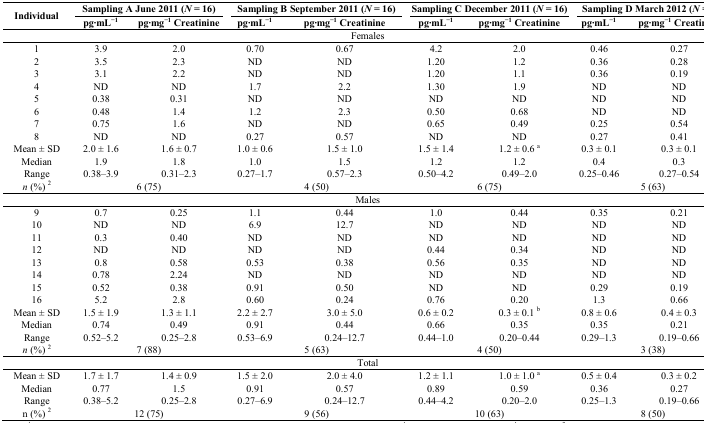
<table><thead><tr><td rowspan="2"><b>Individual</b></td><td colspan="2"><b>Sampling A June 2011 (<i>N</i> = 16)</b></td><td colspan="2"><b>Sampling B September 2011 (<i>N</i> = 16)</b></td><td colspan="2"><b>Sampling C December 2011 (<i>N</i> = 16)</b></td><td colspan="2"><b>Sampling D March 2012 (<i>N</i> = 16)</b></td></tr><tr><td><b>pg·mL<sup>−1</sup></b></td><td><b>pg·mg<sup>−1</sup> Creatinine</b></td><td><b>pg·mL<sup>−1</sup></b></td><td><b>pg·mg<sup>−1</sup> Creatinine</b></td><td><b>pg·mL<sup>−1</sup></b></td><td><b>pg·mg<sup>−1</sup> Creatinine</b></td><td><b>pg·mL<sup>−1</sup></b></td><td><b>pg·mg<sup>−1</sup> Creatinine</b></td></tr></thead><tbody><tr><td colspan="9">Females</td></tr><tr><td>1</td><td>3.9</td><td>2.0</td><td>0.70</td><td>0.67</td><td>4.2</td><td>2.0</td><td>0.46</td><td>0.27</td></tr><tr><td>2</td><td>3.5</td><td>2.3</td><td>ND</td><td>ND</td><td>1.20</td><td>1.2</td><td>0.36</td><td>0.28</td></tr><tr><td>3</td><td>3.1</td><td>2.2</td><td>ND</td><td>ND</td><td>1.20</td><td>1.1</td><td>0.36</td><td>0.19</td></tr><tr><td>4</td><td>ND</td><td>ND</td><td>1.7</td><td>2.2</td><td>1.30</td><td>1.9</td><td>ND</td><td>ND</td></tr><tr><td>5</td><td>0.38</td><td>0.31</td><td>ND</td><td>ND</td><td>ND</td><td>ND</td><td>ND</td><td>ND</td></tr><tr><td>6</td><td>0.48</td><td>1.4</td><td>1.2</td><td>2.3</td><td>0.50</td><td>0.68</td><td>ND</td><td>ND</td></tr><tr><td>7</td><td>0.75</td><td>1.6</td><td>ND</td><td>ND</td><td>0.65</td><td>0.49</td><td>0.25</td><td>0.54</td></tr><tr><td>8</td><td>ND</td><td>ND</td><td>0.27</td><td>0.57</td><td>ND</td><td>ND</td><td>0.27</td><td>0.41</td></tr><tr><td>Mean ± SD</td><td>2.0 ± 1.6</td><td>1.6 ± 0.7</td><td>1.0 ± 0.6</td><td>1.5 ± 1.0</td><td>1.5 ± 1.4</td><td>1.2 ± 0.6 <sup>a</sup></td><td>0.3 ± 0.1</td><td>0.3 ± 0.1</td></tr><tr><td>Median</td><td>1.9</td><td>1.8</td><td>1.0</td><td>1.5</td><td>1.2</td><td>1.2</td><td>0.4</td><td>0.3</td></tr><tr><td>Range</td><td>0.38–3.9</td><td>0.31–2.3</td><td>0.27–1.7</td><td>0.57–2.3</td><td>0.50–4.2</td><td>0.49–2.0</td><td>0.25–0.46</td><td>0.27–0.54</td></tr><tr><td><i>n</i> (%) <sup>2</sup></td><td colspan="2">6 (75)</td><td colspan="2">4 (50)</td><td colspan="2">6 (75)</td><td colspan="2">5 (63)</td></tr><tr><td colspan="9">Males</td></tr><tr><td>9</td><td>0.7</td><td>0.25</td><td>1.1</td><td>0.44</td><td>1.0</td><td>0.44</td><td>0.35</td><td>0.21</td></tr><tr><td>10</td><td>ND</td><td>ND</td><td>6.9</td><td>12.7</td><td>ND</td><td>ND</td><td>ND</td><td>ND</td></tr><tr><td>11</td><td>0.3</td><td>0.40</td><td>ND</td><td>ND</td><td>ND</td><td>ND</td><td>ND</td><td>ND</td></tr><tr><td>12</td><td>ND</td><td>ND</td><td>ND</td><td>ND</td><td>0.44</td><td>0.34</td><td>ND</td><td>ND</td></tr><tr><td>13</td><td>0.8</td><td>0.58</td><td>0.53</td><td>0.38</td><td>0.56</td><td>0.35</td><td>ND</td><td>ND</td></tr><tr><td>14</td><td>0.78</td><td>2.24</td><td>ND</td><td>ND</td><td>ND</td><td>ND</td><td>ND</td><td>ND</td></tr><tr><td>15</td><td>0.52</td><td>0.38</td><td>0.91</td><td>0.50</td><td>ND</td><td>ND</td><td>0.29</td><td>0.19</td></tr><tr><td>16</td><td>5.2</td><td>2.8</td><td>0.60</td><td>0.24</td><td>0.76</td><td>0.20</td><td>1.3</td><td>0.66</td></tr><tr><td>Mean ± SD</td><td>1.5 ± 1.9</td><td>1.3 ± 1.1</td><td>2.2 ± 2.7</td><td>3.0 ± 5.0</td><td>0.6 ± 0.2</td><td>0.3 ± 0.1 <sup>b</sup></td><td>0.8 ± 0.6</td><td>0.4 ± 0.3</td></tr><tr><td>Median</td><td>0.74</td><td>0.49</td><td>0.91</td><td>0.44</td><td>0.66</td><td>0.35</td><td>0.35</td><td>0.21</td></tr><tr><td>Range</td><td>0.52–5.2</td><td>0.25–2.8</td><td>0.53–6.9</td><td>0.24–12.7</td><td>0.44–1.0</td><td>0.20–0.44</td><td>0.29–1.3</td><td>0.19–0.66</td></tr><tr><td><i>n</i> (%) <sup>2</sup></td><td colspan="2">7 (88)</td><td colspan="2">5 (63)</td><td colspan="2">4 (50)</td><td colspan="2">3 (38)</td></tr><tr><td colspan="9">Total</td></tr><tr><td>Mean ± SD</td><td>1.7 ± 1.7</td><td>1.4 ± 0.9</td><td>1.5 ± 2.0</td><td>2.0 ± 4.0</td><td>1.2 ± 1.1</td><td>1.0 ± 1.0 <sup>a</sup></td><td>0.5 ± 0.4</td><td>0.3 ± 0.2</td></tr><tr><td>Median</td><td>0.77</td><td>1.5</td><td>0.91</td><td>0.57</td><td>0.89</td><td>0.59</td><td>0.36</td><td>0.27</td></tr><tr><td>Range</td><td>0.38–5.2</td><td>0.25–2.8</td><td>0.27–6.9</td><td>0.24–12.7</td><td>0.44–4.2</td><td>0.20–2.0</td><td>0.25–1.3</td><td>0.19–0.66</td></tr><tr><td>n (%) <sup>2</sup></td><td colspan="2">12 (75)</td><td colspan="2">9 (56)</td><td colspan="2">10 (63)</td><td colspan="2">8 (50)</td></tr></tbody></table>